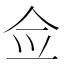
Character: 佥